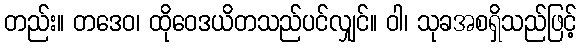
တည်း။ တဒေဝ၊ ထိုဝေဒယိတသည်ပင်လျှင်။ ဝါ၊ သုခအစရှိသည်ဖြင့်